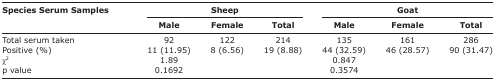
<table><thead><tr><td rowspan="3"><b>Species Serum Samples</b></td><td colspan="3"><b>Sheep</b></td><td colspan="3"><b>Goat</b></td></tr><tr><td><b>Male</b></td><td><b>Female</b></td><td><b>Total</b></td><td><b>Male</b></td><td><b>Female</b></td><td><b>Total</b></td></tr></thead><tbody><tr><td>Total serum taken</td><td>92</td><td>122</td><td>214</td><td>135</td><td>161</td><td>286</td></tr><tr><td>Positive (%)</td><td>11 (11.95)</td><td>8 (6.56)</td><td>19 (8.88)</td><td>44 (32.59)</td><td>46 (28.57)</td><td>90 (31.47)</td></tr><tr><td>χ<sup>2</sup></td><td>1.89</td><td></td><td></td><td>0.847</td><td></td><td></td></tr><tr><td>p value</td><td>0.1692</td><td></td><td></td><td>0.3574</td><td></td><td></td></tr></tbody></table>